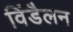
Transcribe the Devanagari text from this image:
विंडैलन